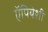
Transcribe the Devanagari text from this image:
ऍपियेशी